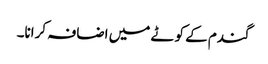
گندم کے کوٹے میں اضافہ کرانا۔